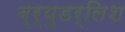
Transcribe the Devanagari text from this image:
ब्र्युडर्लिश